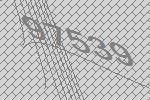
97539